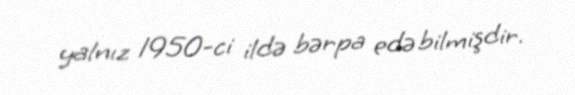
yalnız 1950-ci ildə bərpa edə bilmişdir.